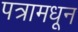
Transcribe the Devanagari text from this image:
पत्रामधून